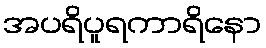
အပရိပူရကာရိနော